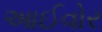
આઈવોર